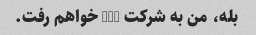
بله، من به شرکت xyz خواهم رفت.